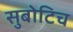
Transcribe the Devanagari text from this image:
सुबोटिच